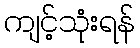
ကျင့်သုံးရန်